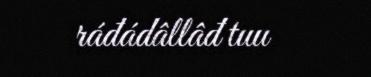
ráđádâllâđ tuu